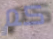
كم